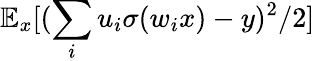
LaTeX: \mathbb{E}_{x}[(\sum_{i}u_{i}\sigma(w_{i}x)-y)^{2}/2]